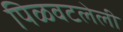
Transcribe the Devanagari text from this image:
पिळवटलेली